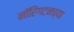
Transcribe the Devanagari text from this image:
नॉरिंगटनच्या